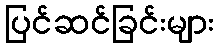
ပြင်ဆင်ခြင်းများ